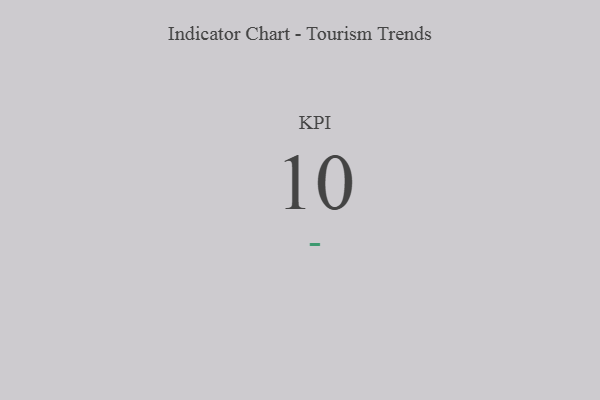
{"axis": {"x": "KPI", "y": "Value"}, "legend": [""], "data": [{"x": "KPI", "y": 10, "type": ""}]}